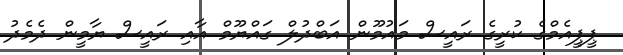
ޕީޕީއެމްގެ ކުރީގެ ރައީސް މައުމޫން އަބްދުލް ގައްޔޫމް އާއި ރައީސް ޔާމީން ދެމެދު